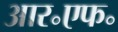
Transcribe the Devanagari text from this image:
आर॰एफ॰